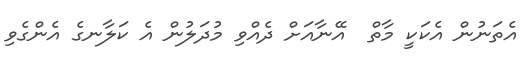
އެތަނުން އެކަކީ މާތް  އޭނާއަށް ދެއްވި މުދަލުން އެ ކަލާނގެ އެންގެވި